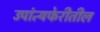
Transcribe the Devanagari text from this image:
उपांत्यफेरीतील